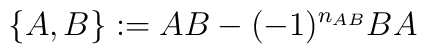
\{ A, B \}: = AB - ( -1)^{n_{AB}} BA